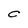
Character: C